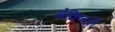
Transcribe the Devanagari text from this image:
मेकिन्ज़ी